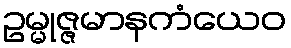
ဥမ္မုဇ္ဇမာနကံယေဝ